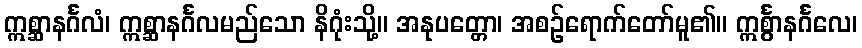
ဣစ္ဆာနင်္ဂလံ၊ ဣစ္ဆာနင်္ဂလမည်သော နိဂုံးသို့။ အနုပတ္တော၊ အစဉ်ရောက်တော်မူ၏။ ဣင်္စွာနင်္ဂလေ၊